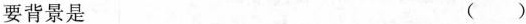
要背景是 ()